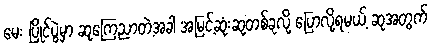
မေး ပြိုင်ပွဲမှာ ဆုကြေညာတဲ့အခါ အမြင့်ဆုံးဆုတစ်ခုလို့ ပြောလို့ရမယ့် ဆုအတွက်